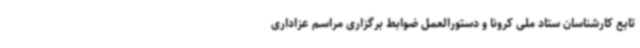
تابع کارشناسان ستاد ملی کرونا و دستورالعمل ضوابط برگزاری مراسم عزاداری